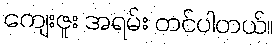
ကျေးဇူး အရမ်း တင်ပါတယ်။